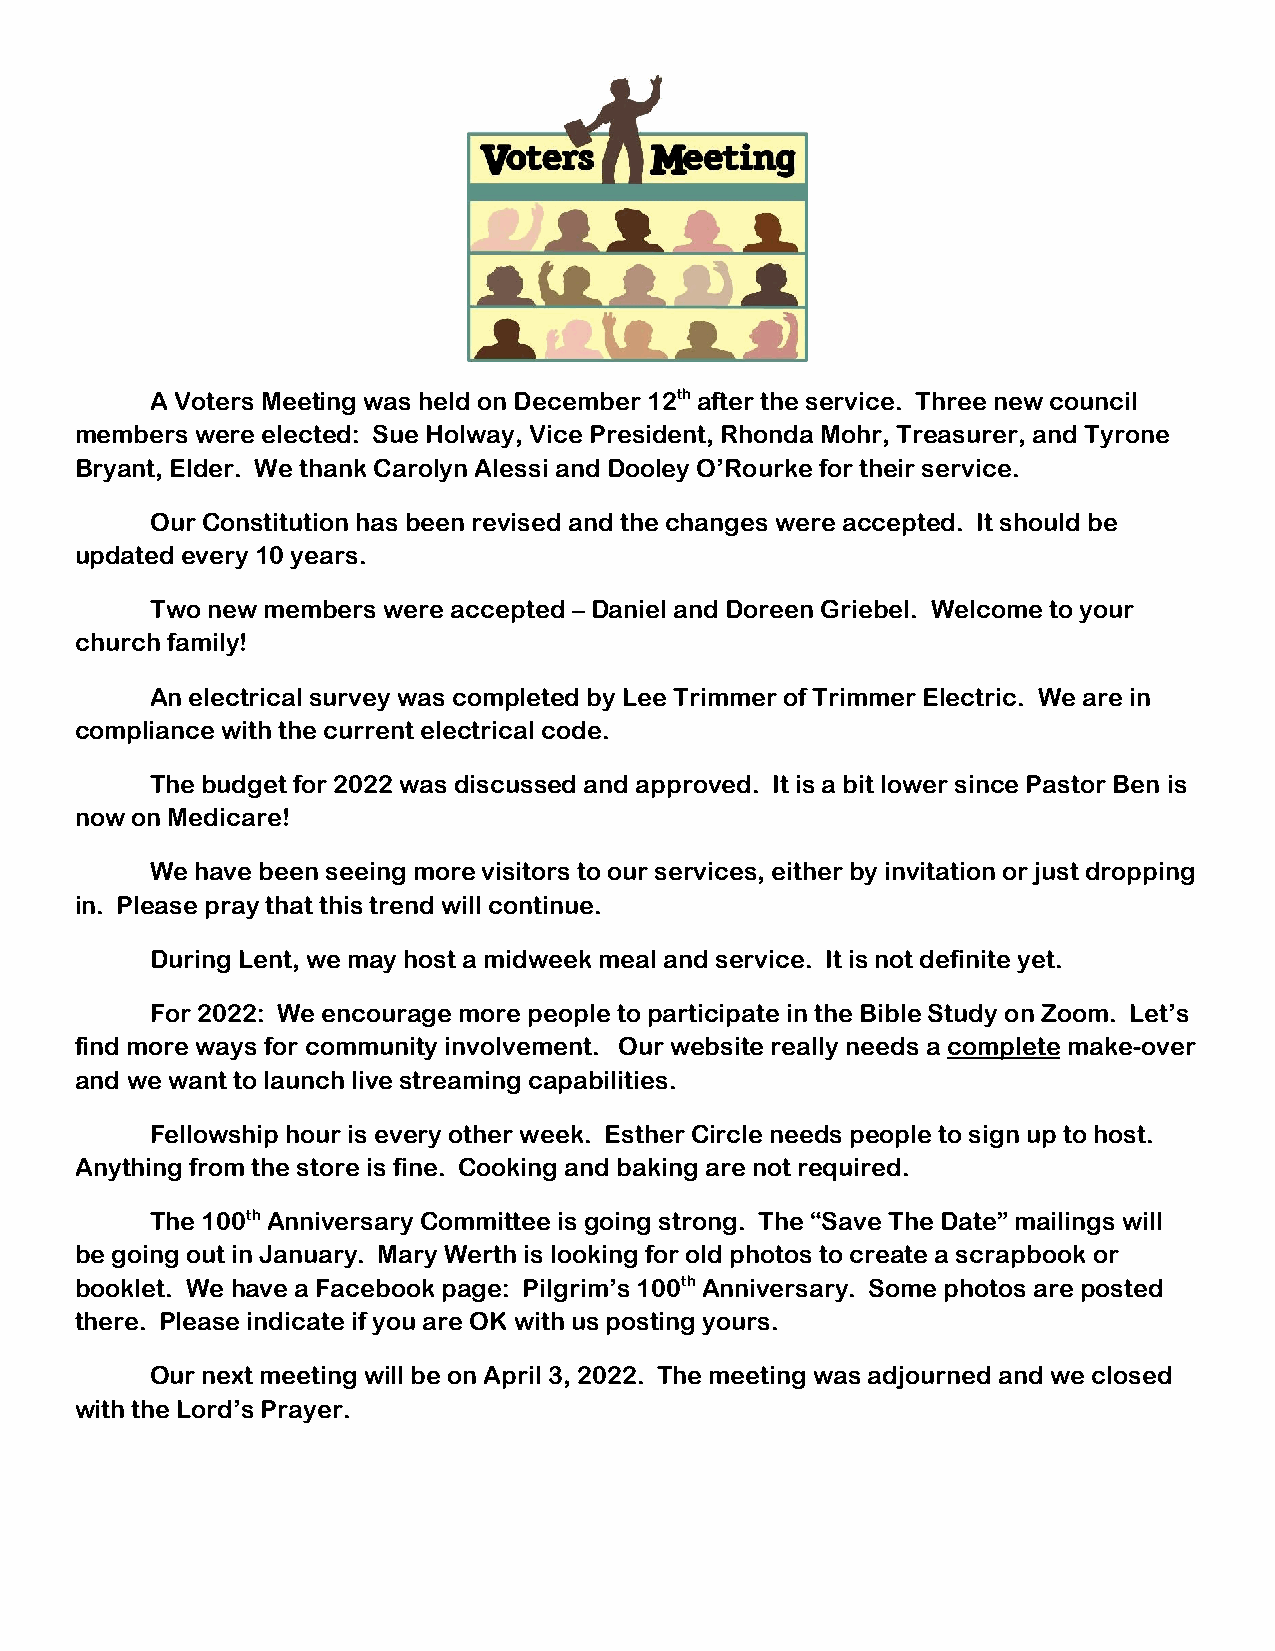
A Voters Meeting was held on December 12th after the service. Three new council
 members were elected: Sue Holway, Vice President, Rhonda Mohr, Treasurer, and Tyrone
 Bryant, Elder. We thank Carolyn Alessi and Dooley O’Rourke for their service.
 Our Constitution has been revised and the changes were accepted. It should be
 updated every 10 years.
 Two new members were accepted – Daniel and Doreen Griebel. Welcome to your
 church family!
 An electrical survey was completed by Lee Trimmer of Trimmer Electric. We are in
 compliance with the current electrical code.
 The budget for 2022 was discussed and approved. It is a bit lower since Pastor Ben is
 now on Medicare!
 We have been seeing more visitors to our services, either by invitation or just dropping
 in. Please pray that this trend will continue.
 During Lent, we may host a midweek meal and service. It is not definite yet.
 For 2022: We encourage more people to participate in the Bible Study on Zoom. Let’s
 find more ways for community involvement. Our website really needs a complete make-over
 and we want to launch live streaming capabilities.
 Fellowship hour is every other week. Esther Circle needs people to sign up to host.
 Anything from the store is fine. Cooking and baking are not required.
 The 100th Anniversary Committee is going strong. The “Save The Date” mailings will
 be going out in January. Mary Werth is looking for old photos to create a scrapbook or
 booklet. We have a Facebook page: Pilgrim’s 100th Anniversary. Some photos are posted
 there. Please indicate if you are OK with us posting yours.
 Our next meeting will be on April 3, 2022. The meeting was adjourned and we closed
 with the Lord’s Prayer.